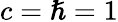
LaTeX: c=\hslash=1